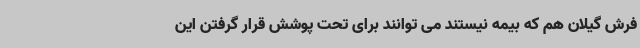
فرش گیلان هم که بیمه نیستند می توانند برای تحت پوشش قرار گرفتن این